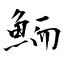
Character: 鮞